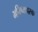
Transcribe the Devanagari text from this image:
भविष्यपरक